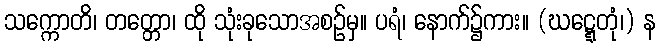
သက္ကောတိ၊ တတ္တော၊ ထို သုံးခုသောအစဉ်မှ။ ပရံ၊ နောက်၌ကား။ (ဃဋ္ဋေတုံ၊) န